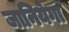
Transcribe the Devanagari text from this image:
जानियेगा